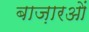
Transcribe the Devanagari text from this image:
बाज़ारओं